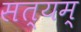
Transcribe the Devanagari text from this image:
सत्‍यम्